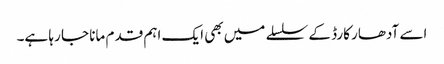
اسے آدھار کارڈ کے سلسلے میں بھی ایک اہم قدم مانا جا رہا ہے۔